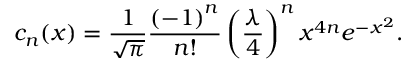
c _ { n } ( x ) = { \frac { 1 } { \sqrt { \pi } } } { \frac { \left( - 1 \right) ^ { n } } { n ! } } \left( { \frac { \lambda } { 4 } } \right) ^ { n } x ^ { 4 n } e ^ { - x ^ { 2 } } .